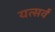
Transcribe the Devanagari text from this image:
यत्सर्वं